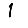
Digit: 1